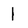
Character: 1